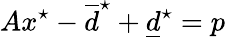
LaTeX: Ax^{\star}-\overline{d}^{\star}+\underline{d}^{\star}=p